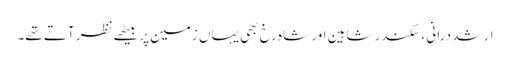
ارشد درانی ، سکندر شاہین اور شاہ رخ بھی یہاں زمین پر بیٹھے نظر آتے تھے۔